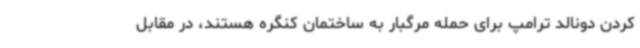
کردن دونالد ترامپ برای حمله مرگبار به ساختمان کنگره هستند، در مقابل